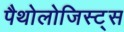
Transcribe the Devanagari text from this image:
पैथोलोजिस्ट्स